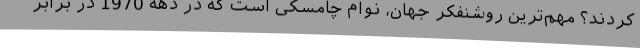
کردند؟ مهم‌ترین روشنفکر جهان، نوام چامسکی است که در دهۀ 1970 در برابر